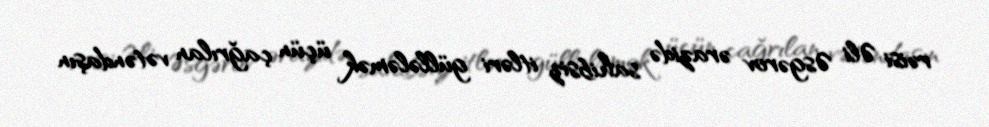
rəisi Əli Əsgərov ərazidə sahibsiz itləri güllələmək üçün çağrılan vətəndaşın